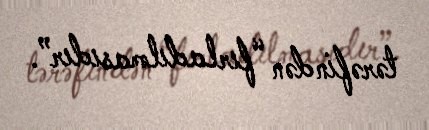
tərəfindən “fırladılmasıdır”.